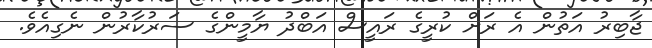
ޖާބިރު އަތުން އެ ރަށް ކުރީގެ ރައީސް އަބްދު ޔާމީންގެ ސަރުކާރުން ނެގިއެވެ.